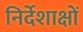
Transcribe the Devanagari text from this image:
निर्देशाक्षों